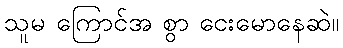
သူမ ကြောင်အ စွာ ငေးမောနေဆဲ။